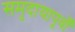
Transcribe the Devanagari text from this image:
समुदायापूर्वों